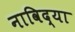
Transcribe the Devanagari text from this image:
नाविद्या